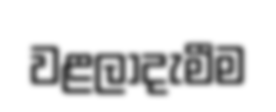
වළලාදැමීම